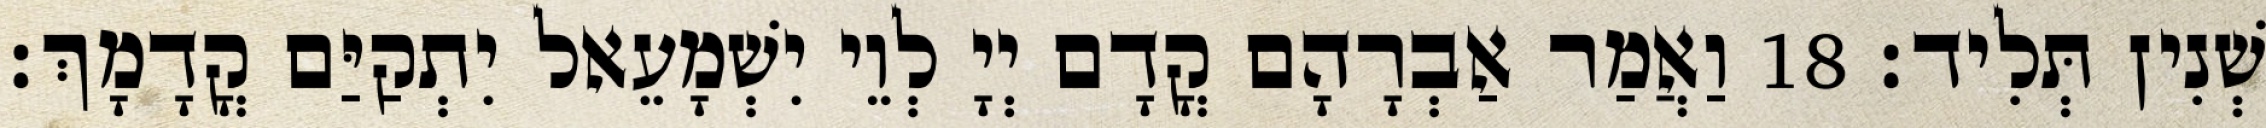
שְׁנִין תְּלִיד׃ 18 וַאֲמַר אַבְרָהָם קֳדָם יְיָ לְוֵי יִשְׁמָעֵאל יִתְקַיַּם קֳדָמָךְ׃